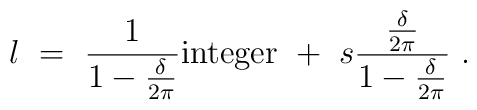
l ~=~ {1\over 1- {\delta\over 2\pi}} {\rm integer} ~+~  s {{\delta\over 2\pi}\over 1 - {\delta\over 2\pi}} ~.